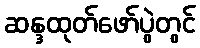
ဆန္ဒထုတ်ဖော်ပွဲတွင်